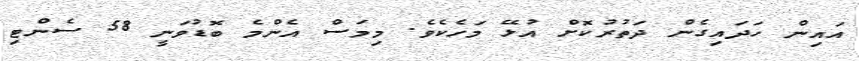
އައިން ހަދައިގެން ދަތުރުކޮށް އުޅޭ މަހެކެވެ. މިމަސް އެންމެ ބޮޑުވަނީ 58 ސެންޓި